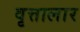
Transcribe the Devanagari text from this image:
वृत्तालार